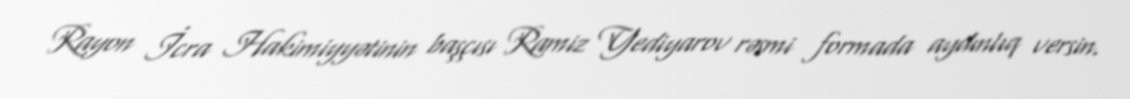
Rayon İcra Hakimiyyətinin başçısı Ramiz Yediyarov rəsmi formada aydınlıq versin.